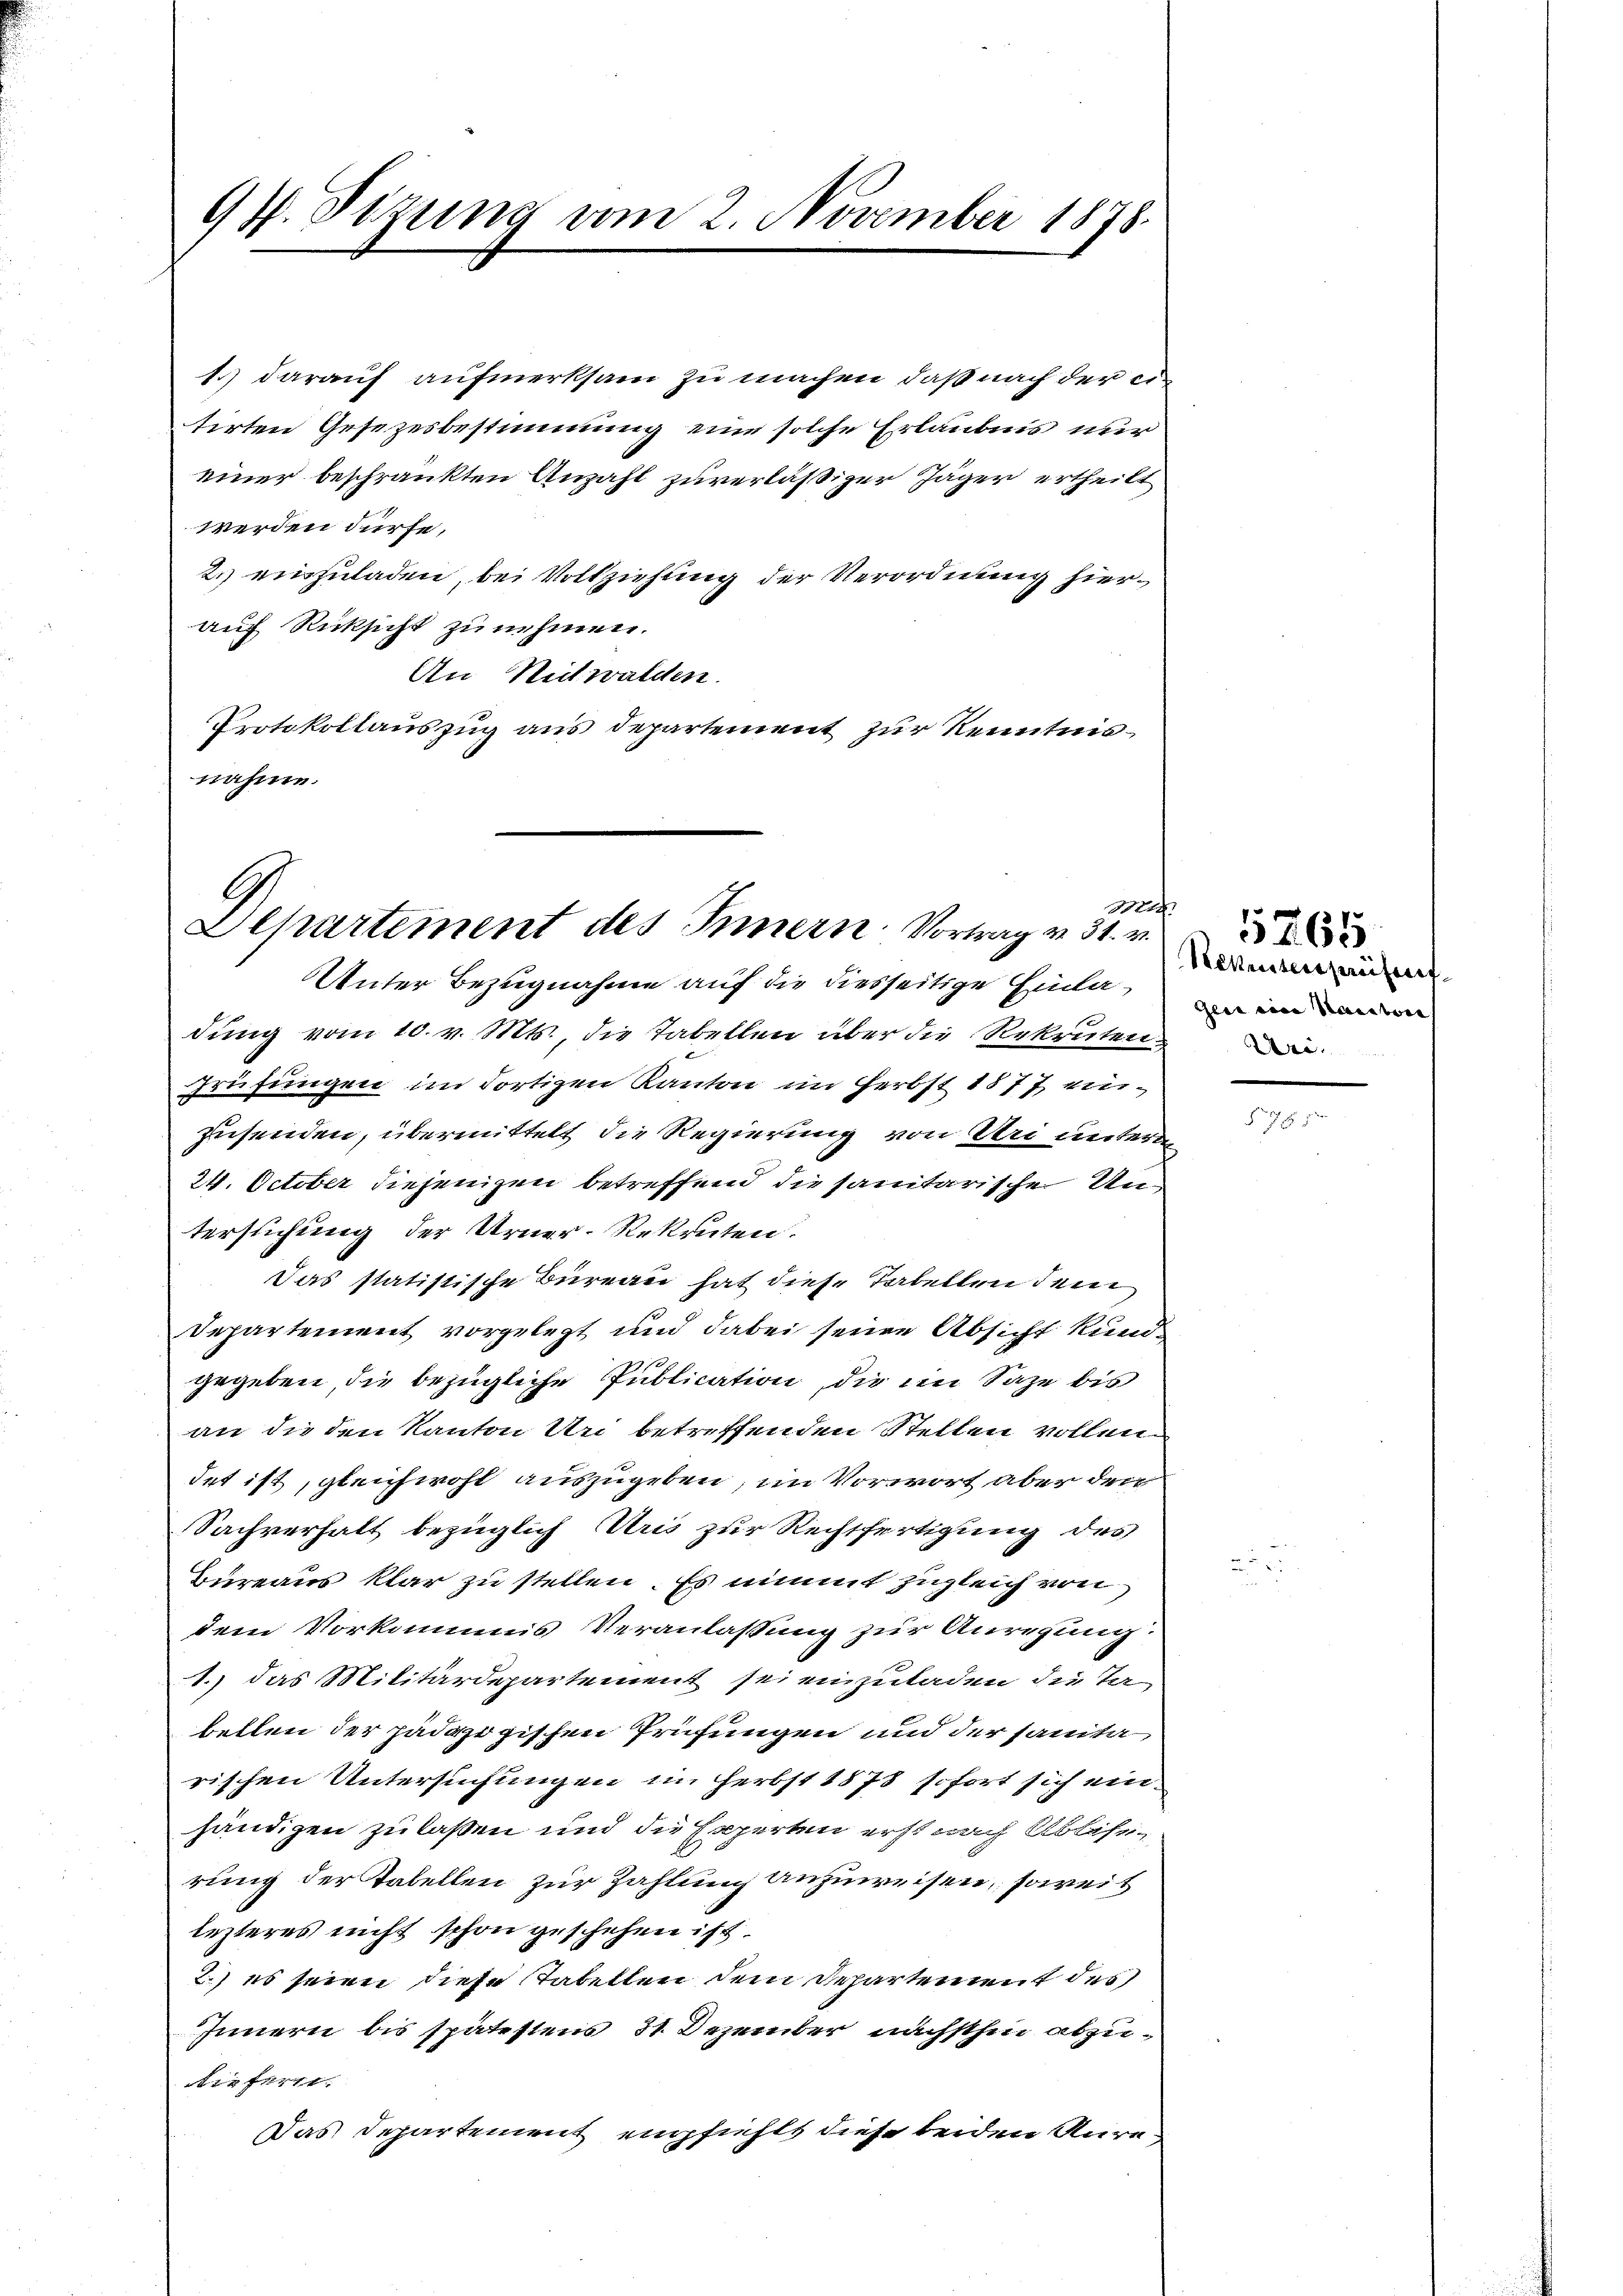
94. Sizung vom 2. November 1878.

1.) darauf aufmerksam zu machen, daß nach der ei
tirten Gesezesbestimmung eine solche Erlaubnis nur
einer beschränkten Anzahl zuverläßiger Jäger ertheilt
werden dürfe.
2. einzuladen, bei Vollziehung der Verordnung hierauf Rücksicht zu nehmen.
An Nitwalden.
Protokollauszug aus Departement zur Kenntnisnahme.

Departement des Innern Vortrag v. 31. v.
Unter Bezugnahme auf die diesseitige Einla¬in

dŭng vom 10. v. Mts. die Tabellen über die Rekruten
Prüfungen im dortigen Kanton im Herbst 1877 einzusenden, übermittelt die Regierung von Uri unterm
24. October diejenigen betreffend die sanitarische Untersuchung der Urner-Rekruten.
Das statistische Bureau hat diese Tabellen dem
Departement vorgelegt und dabei seine Absicht kundgegeben, die bezügliche Publication, die im Satze bis
an die den Kanton Uri betreffenden Stellen vollen
det ist, gleichwohl auszugeben, im Vorwort aber den
Sachverhalt bezüglich Aris zur Rechtfertigung des
Büreaus klar zu stellen. Es nimmt zugleich von
dem Vorkommis Veranlassung zur Anregung.
1.) das Militärdepartement sei einzuladen die Ta-
bellen der pädagogischen Prüfungen und der sanita
rischen Untersuchungen im Herbst 1878 sofort sich einhändigen zu laßen und die Experten erst nach Ablestirung der Tabellen zur Zahlung anzuweisen, soweit
lezteres nicht schon geschehen ist.
2.) es seien diese Tabellen dem Departement des
Innern bis spätestens 31. Dezember nächsthin abzuipfern.
Das Departement empfiehlt diese beiden Kara

Sekreterstreitreif

1765

5